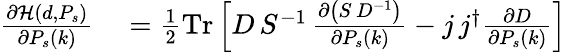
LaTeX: \begin{array}{rl}{{\frac{\partial{\mathcal{H}}(d,P_{s})}{\partial P_{s}(k)}}}&{{}={\frac{1}{2}}\mathrm{Tr}\left[D\, S^{-1}\, {\frac{\partial\left(S\, D^{-1}\right)}{\partial P_{s}(k)}}-j\, j^{\dagger}{\frac{\partial D}{\partial P_{s}(k)}}\right]}\end{array}